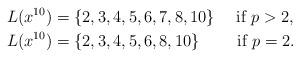
LaTeX: \begin{align*}L(x^{10}) &= \{2, 3, 4, 5, 6, 7, 8,10 \} \quad\mbox{ if $p>2$,} \\L(x^{10}) &= \{2, 3, 4, 5, 6, 8,10 \} \quad\quad\mbox{ if $p=2$.}\end{align*}